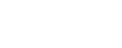
ကျရောက်၍